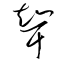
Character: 聟